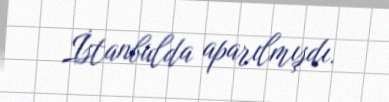
İstanbulda aparılmışdı.